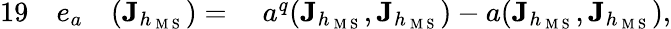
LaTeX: \begin{array}{rlrl}{{19}}&{{}e_{a}}&{(\mathbf{J}_{h_{\mathrm{~M~S~}}})={}}&{{}a^{q}(\mathbf{J}_{h_{\mathrm{~M~S~}}},\mathbf{J}_{h_{\mathrm{~M~S~}}}){}-{}a(\mathbf{J}_{h_{\mathrm{~M~S~}}},\mathbf{J}_{h_{\mathrm{~M~S~}}}),}\end{array}